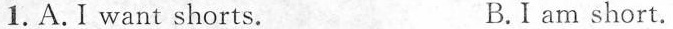
1.A.I want shorts. B.Iam short.